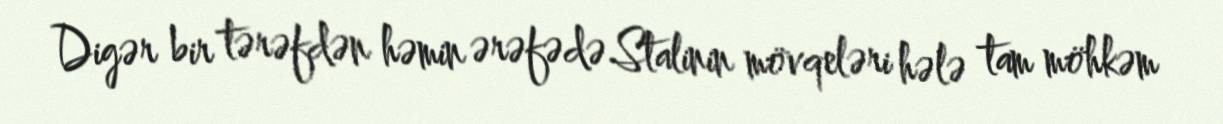
Digər bir tərəfdən həmin ərəfədə Stalinin mövqeləri hələ tam möhkəm